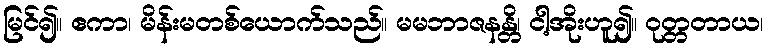
မြင်၍။ ဧကာ၊ မိန်းမတစ်ယောက်သည်။ မမဘာဇနန္တိ၊ ငါ့အိုးဟူ၍။ ဝုတ္တတာယ၊